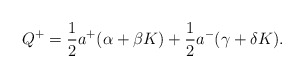
\begin{align*}Q^{+}=\frac{1}{2}a^{+}(\alpha+\beta K)+\frac{1}{2}a^{-}(\gamma+\delta K).\end{align*}